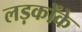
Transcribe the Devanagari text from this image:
लड़कोंके